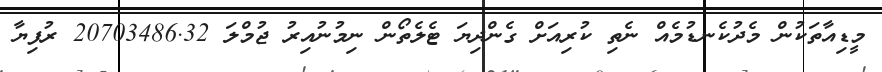
މީޑިއާތަކުން މެދުކެނޑުމެއް ނެތި ކުރިއަށް ގެންދިޔަ ޓެލެތޯން ނިމުނުއިރު ޖުމްލަ 20703486.32 ރުފިޔާ